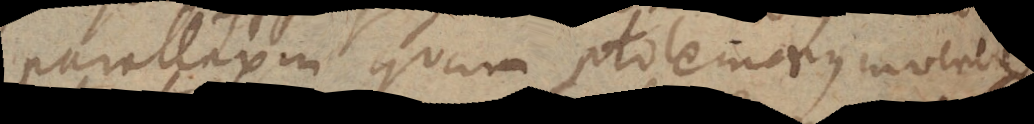
parallaxin quam Ptolemaeus invenere